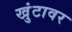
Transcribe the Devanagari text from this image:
खुंटावर